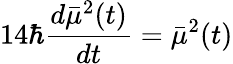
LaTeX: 14\hbar\frac{d\bar{\mu}^{2}(t)}{dt}=\bar{\mu}^{2}(t)